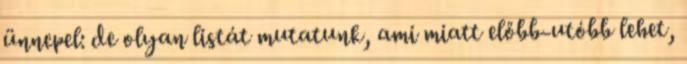
ünnepel: de olyan listát mutatunk, ami miatt előbb-utóbb lehet,